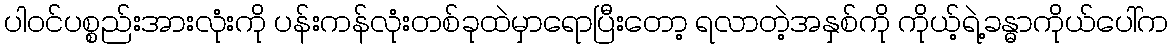
ပါဝင်ပစ္စည်းအားလုံးကို ပန်းကန်လုံးတစ်ခုထဲမှာရောပြီးတော့ ရလာတဲ့အနှစ်ကို ကိုယ့်ရဲ့ခန္ဓာကိုယ်ပေါ်က